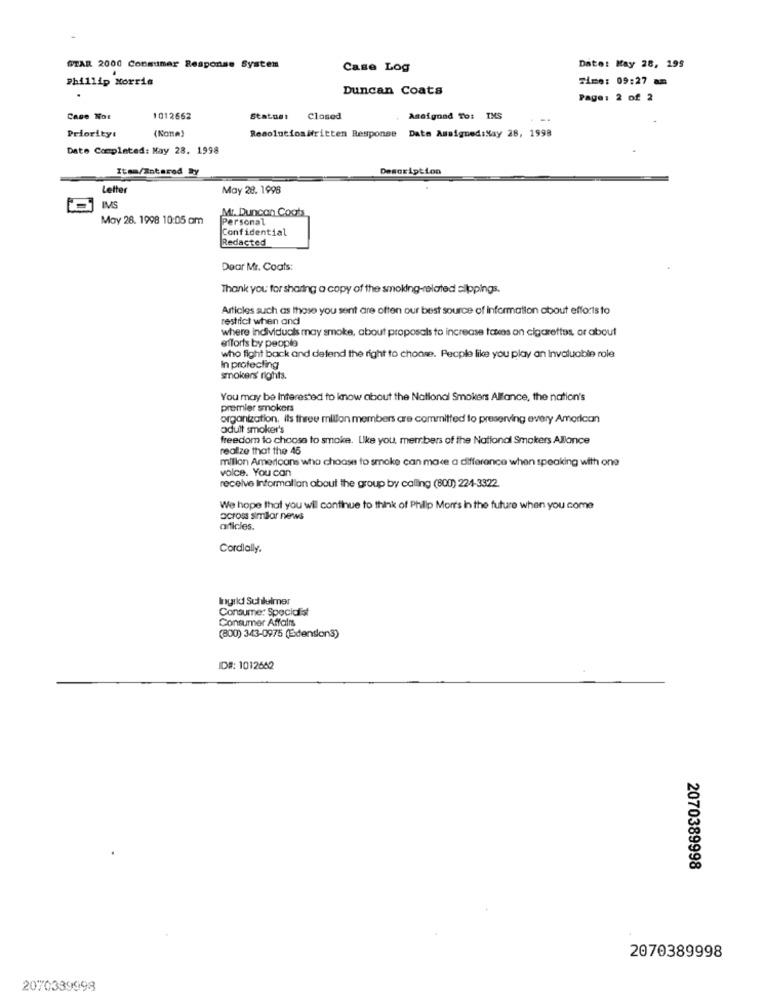
STAR 2000 Consumer Response System
Case Log
Date: May 28, 195
phillip Morris
Time: 09:27 am
Duncan Coats
Page: 2 of 2
Case Not
1012662
Status: Closed
Assigned To: IMS
. ..
(None)
Date Amsigned:Nay 28, 1998
Priority!
Resolutiositritten Response
Date Completed: May 28. 1998
Item/Intarod By
Description
Letter
May 28. 1996
IMS
Mr. Duncan Coots
May 28. 1998 10:05 am
Personal
Confidential
Redacted
Dear Mr. Coats:
Thank you for sharing a copy of the smoking-related clippings.
Articles such as those you sent are often our best source of information about efforts to
restrict when and
where individuais may smoke, about proposals to increase taxes on cigarettes, or about
efforts by people
who fight back and defend the right to choose. People like you play an Invaluable role
In protecting
smokers' rights.
You may be Interested to know about the National Smokers Alfance, the nation's
premier smokers
organization, Its three million members are committed to preserving every American
adult smoker's
freedom to choose to smoke. Like you, members of the National Smokers Allance
realize that the 46
million Americans who choose to smoke can make a difference when speaking with one
volce. You can
receive Information about the group by calling (800) 224-3322.
We hope that you wil continue to think of Philip Morr's in the future when you come
across Similar news
articles.
Cordially.
Ingrid Suhlulmer
Consume: Specialist
Consumer Affairs
(800) 343-0975 (Edenson3)
ID#: 1012662
2070389998
2070389998
2070339998